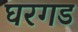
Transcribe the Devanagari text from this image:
घरगड